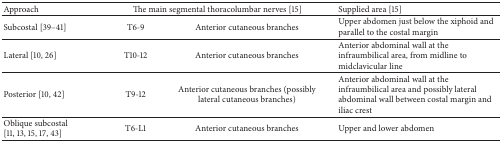
| Approach | <COLSPAN=2> The main segmental thoracolumbar nerves [15] | Supplied area [15] |
 | --- | --- | --- | --- |
 | Subcostal [39–41] | T6-9 | Anterior cutaneous branches | Upper abdomen just below the xiphoid and parallel to the costal margin |
 | Lateral [10, 26] | T10-12 | Anterior cutaneous branches | Anterior abdominal wall at the infraumbilical area, from midline to midclavicular line |
 | Posterior [10, 42] | T9-12 | Anterior cutaneous branches (possibly lateral cutaneous branches) | Anterior abdominal wall at the infraumbilical area and possibly lateral abdominal wall between costal margin and iliac crest |
 | Oblique subcostal [11, 13, 15, 17, 43] | T6-L1 | Anterior cutaneous branches | Upper and lower abdomen |